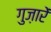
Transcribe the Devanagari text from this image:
गुज़ारें